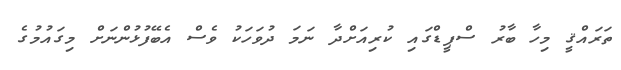
ތަރައްޤީ މިހާ ބާރު ސްޕީޑްގައި ކުރިއަށްދާ ނަމަ ދުވަހަކު ވެސް އެބޭފުޅުންނަށް މިގައުމުގެ